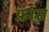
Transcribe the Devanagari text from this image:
फ्रा़ंस